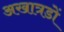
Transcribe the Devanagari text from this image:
अखात्रडों